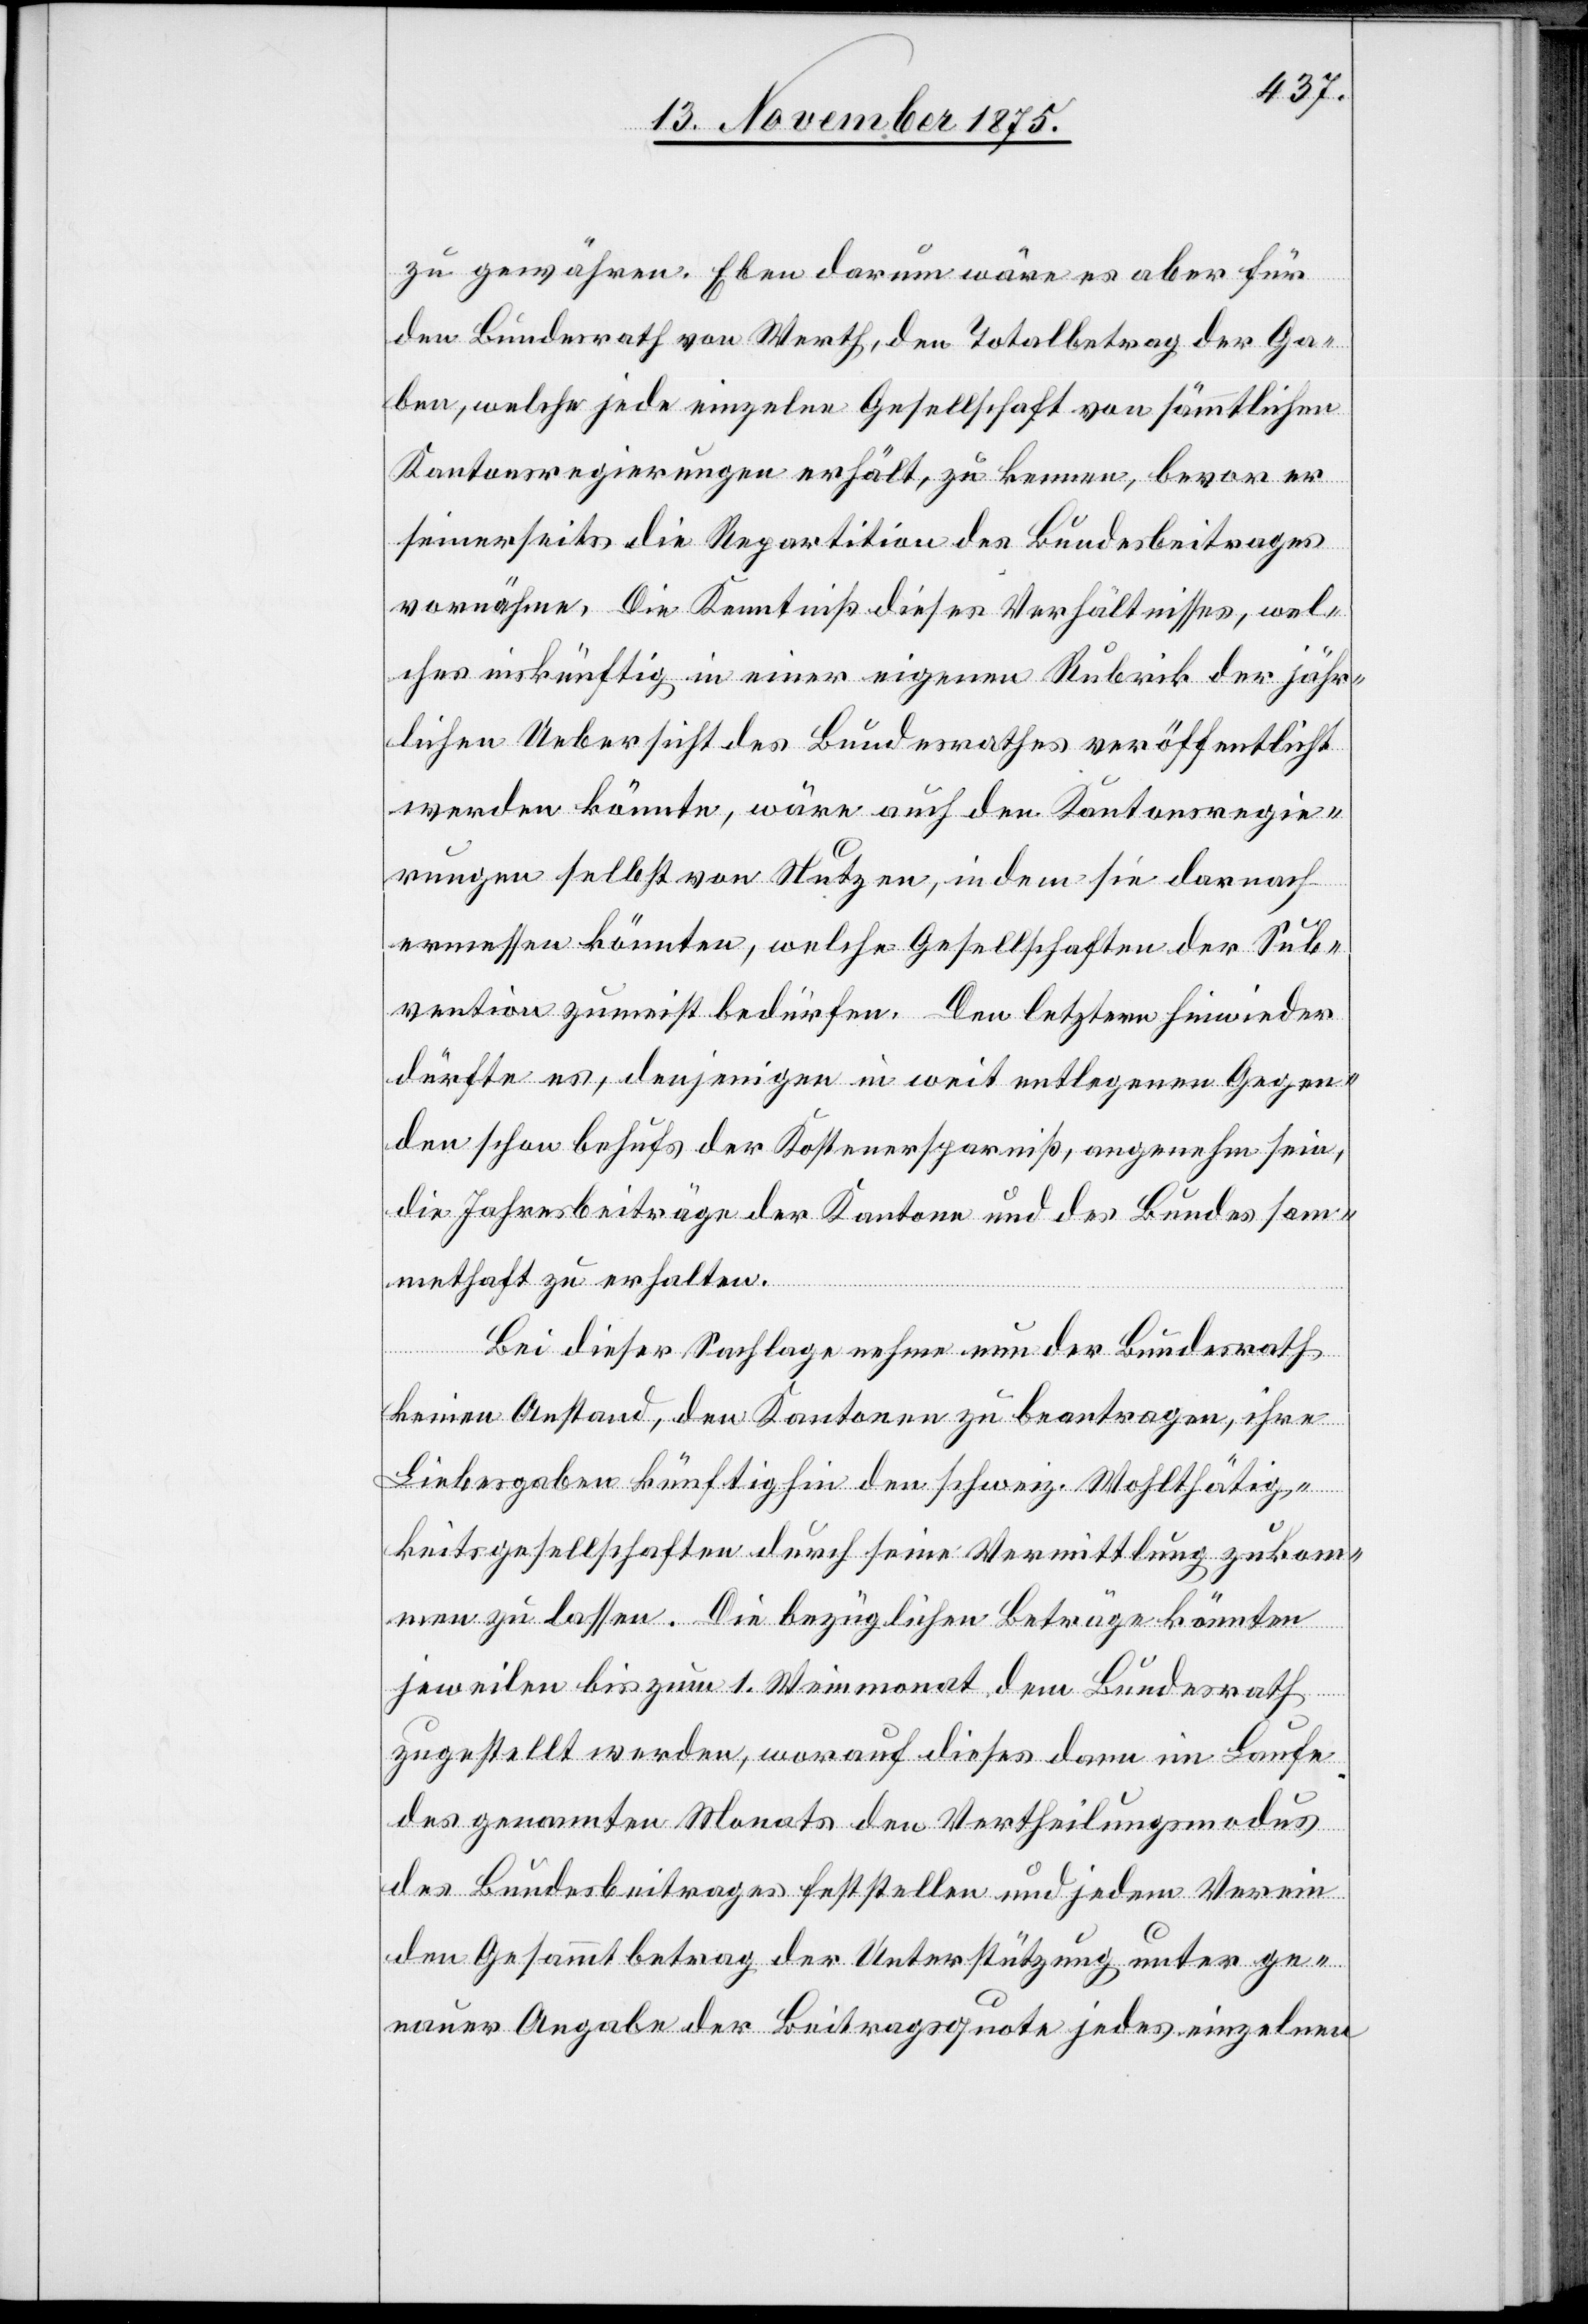
zu gewähren. Eben darum wäre aber für
den Bundesrath von Werth, den Totalbetrag der Ga¬
ben, welche jede einzelne Gesellschaft von sämmtlichen
Kantonsregierungen erhält, zu kennen, bevor er
seinerseits die Repartition des Bundesbeitrages
vornähme. Die Kenntniß dieses Verhältnisses, wel¬
ches auskünftig in einer eigenen Rubrik der jähr¬
lichen Uebersicht des Bundesrathes veröffentlicht
werden könnte, wäre auch den Kantonsregie¬
rungen selbst von Nutzen, in dem sie darnach
ermessen könnten, welche Gesellschaften der Sub¬
vention zumeist bedürfen. Den letztern hinwieder
dürfte es, denjenigen in weit entlegenen Gegen¬
den schon behufs der Kostenersparniß, angenehm sein,
die Jahresbeiträge der Kantone und des Bundes sam¬
methaft zu erhalten.
Bei dieser Sachlage nehme nun der Bundesrath
keinen Anstand, den Kantonen zu beantragen, ihre
Liebesgabe künftighin den schweiz. Wohlthätig¬
keitsgesellschaften durch seine Vermittlung zukom¬
men zu lassen. Die bezüglichen Beträge könnten
jeweilen bis zum 1. Weinmonat dem Bundesrath
zugestellt werden, worauf dieser dann im Laufe
des genannten Monats den Vertheilungsmodus
des Bundesbeitrages feststellen und jedem Verein
den Gesammtbetrag der Unterstützung unter ge¬
nauer Angabe der Beitragsquote jedes einzelnen